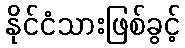
နိုင်ငံသားဖြစ်ခွင့်